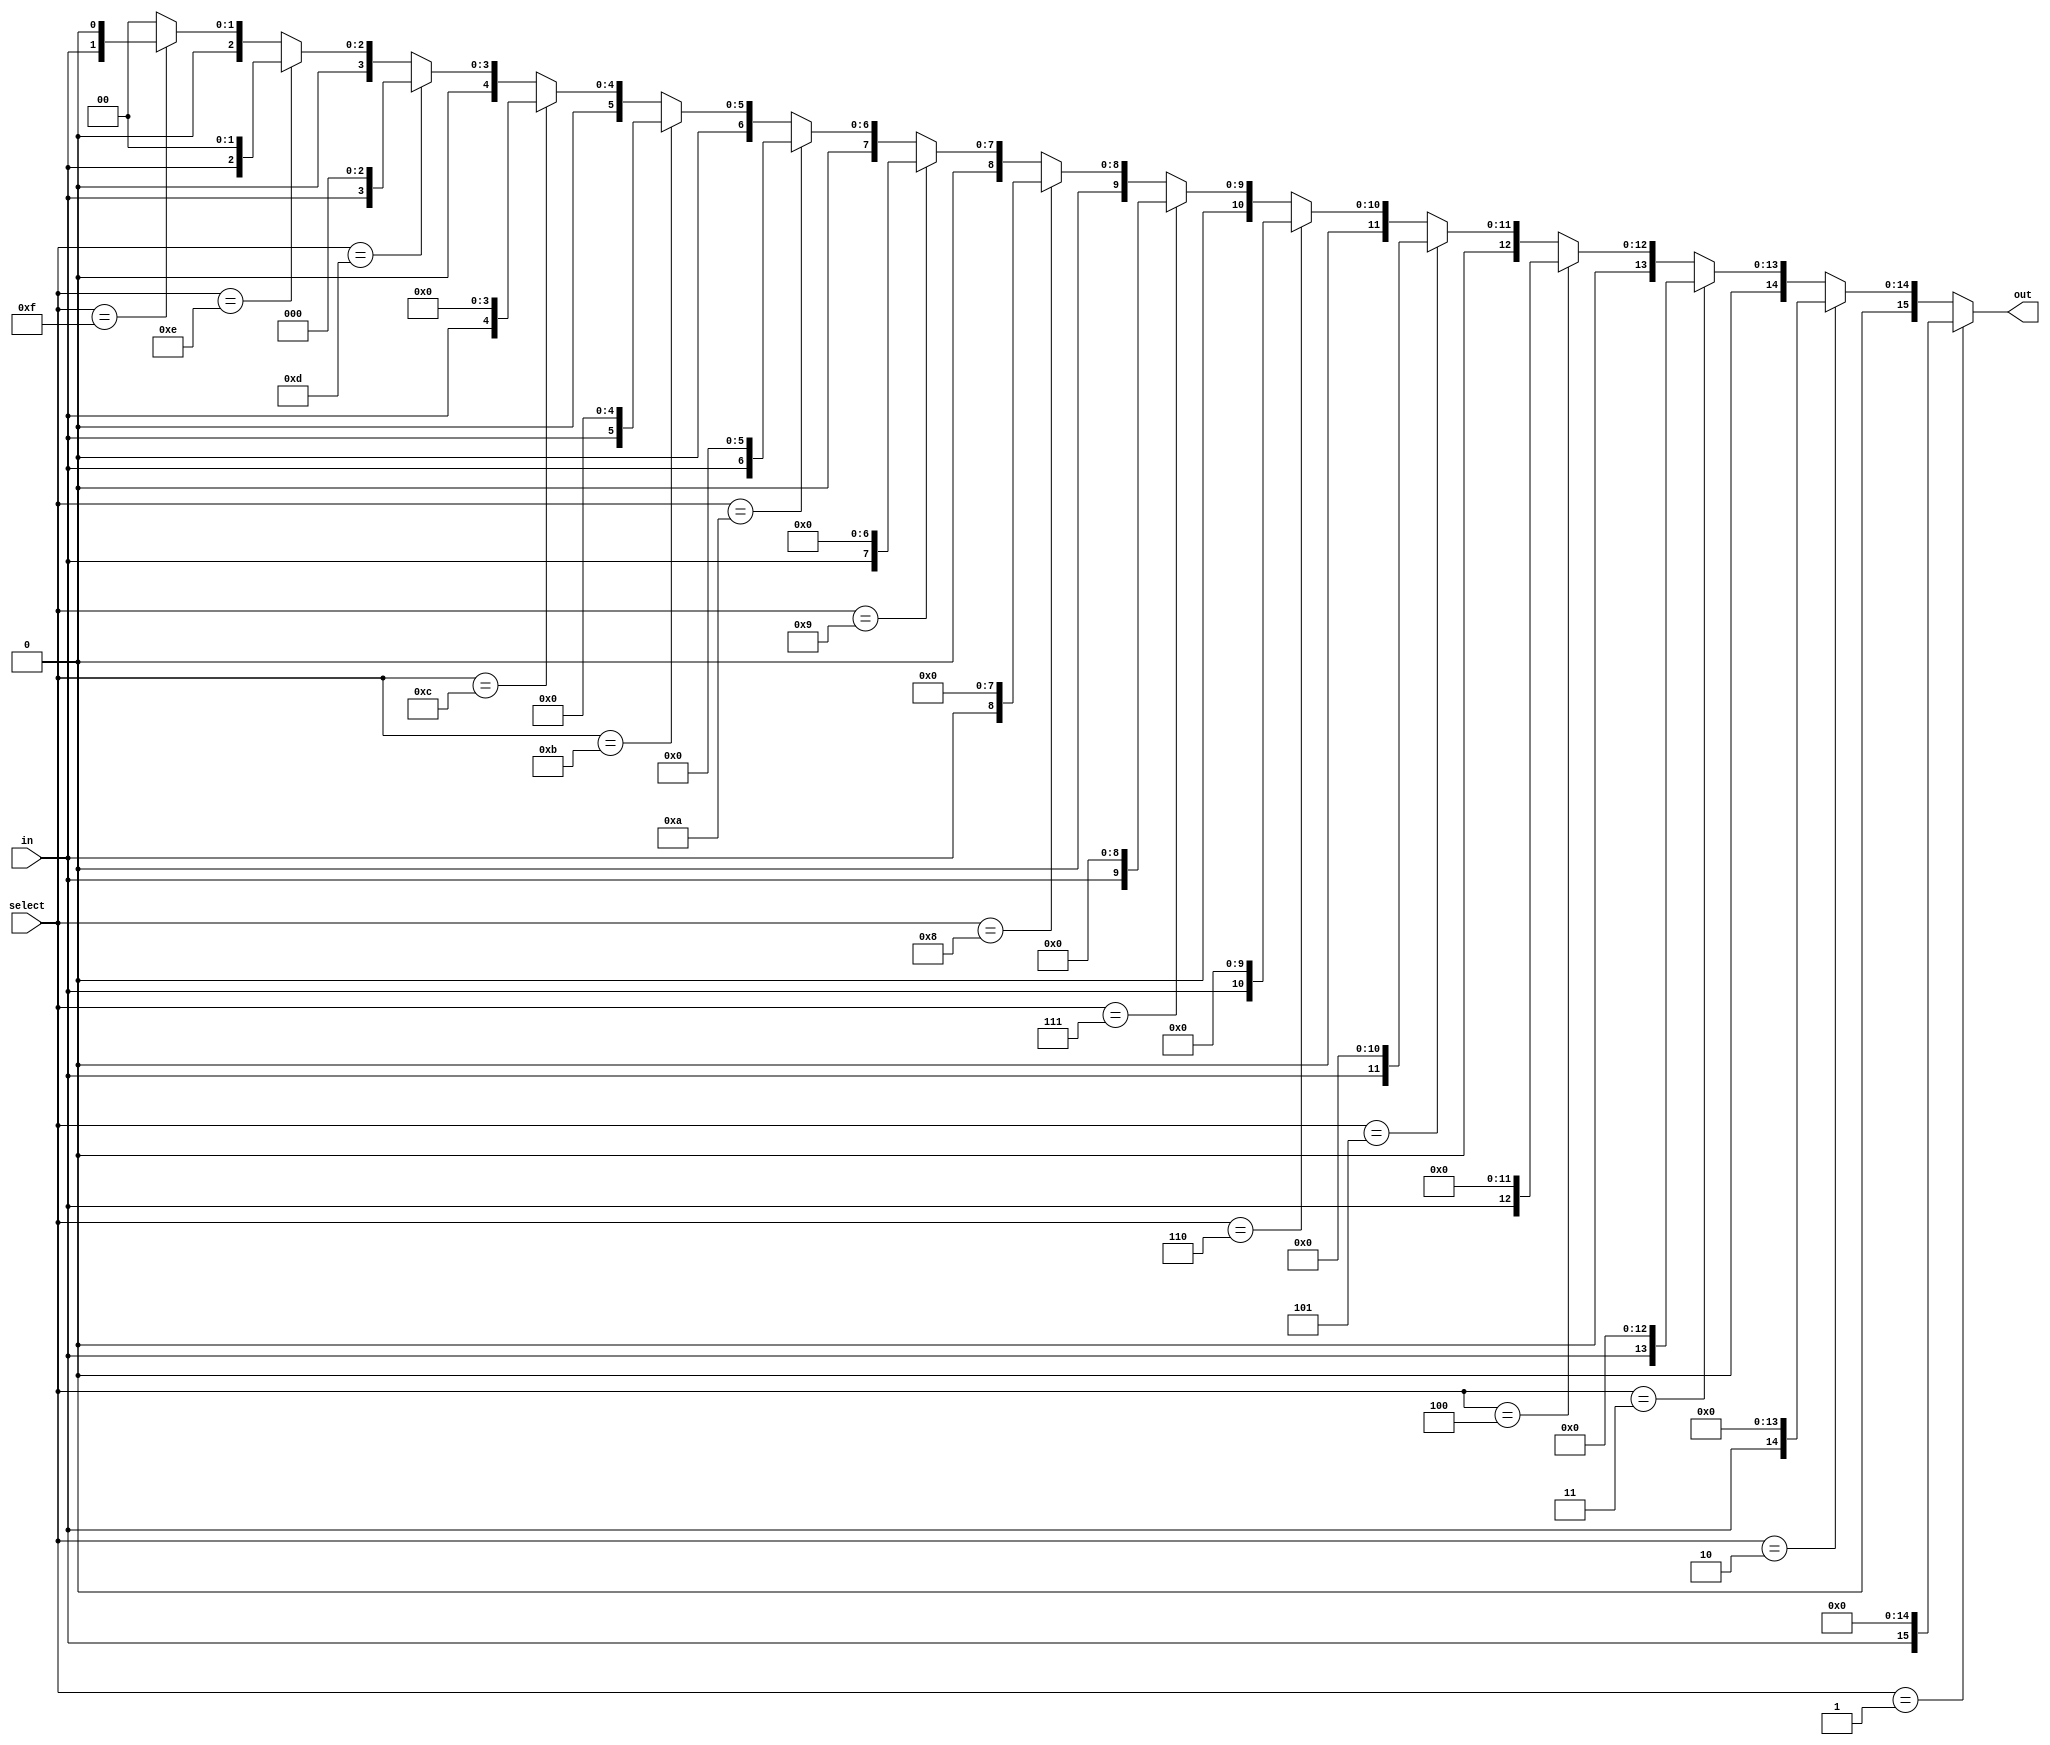
module demux_1to16 (
    input wire in,
    input wire [3:0] select,
    output wire [15:0] out
);

assign out = select == 4'b0001 ? {in, 15'b0} :
             select == 4'b0010 ? {15'b0, in, 14'b0} :
             select == 4'b0011 ? {14'b0, in, 13'b0} :
             select == 4'b0100 ? {13'b0, in, 12'b0} :
             select == 4'b0101 ? {12'b0, in, 11'b0} :
             select == 4'b0110 ? {11'b0, in, 10'b0} :
             select == 4'b0111 ? {10'b0, in, 9'b0} :
             select == 4'b1000 ? {9'b0, in, 8'b0} :
             select == 4'b1001 ? {8'b0, in, 7'b0} :
             select == 4'b1010 ? {7'b0, in, 6'b0} :
             select == 4'b1011 ? {6'b0, in, 5'b0} :
             select == 4'b1100 ? {5'b0, in, 4'b0} :
             select == 4'b1101 ? {4'b0, in, 3'b0} :
             select == 4'b1110 ? {3'b0, in, 2'b0} :
             select == 4'b1111 ? {2'b0, in, 1'b0} :
             16'b0;

endmodule